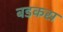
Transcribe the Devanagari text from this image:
बडकस